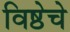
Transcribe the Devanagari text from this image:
विष्ठेचे